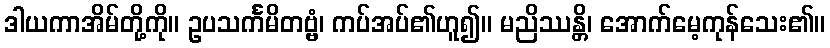
ဒါယကာအိမ်တို့ကို။ ဥပသင်္ကမိတဗ္ဗံ၊ ကပ်အပ်၏ဟူ၍။ မညိဿန္တိ၊ အောက်မေ့ကုန်သေး၏။